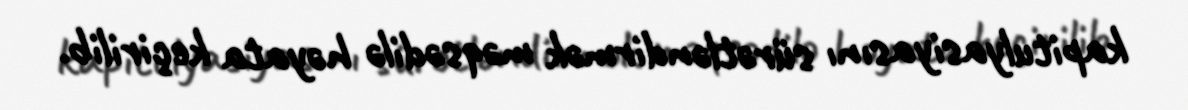
kapitulyasiyasını sürətləndirmək məqsədilə həyata keçirilib.